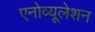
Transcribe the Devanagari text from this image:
एनोव्यूलेशन